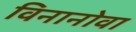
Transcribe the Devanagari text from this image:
विनानोवा